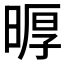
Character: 𪰲